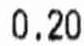
0.20